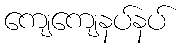
ကျေကျေနပ်နပ်